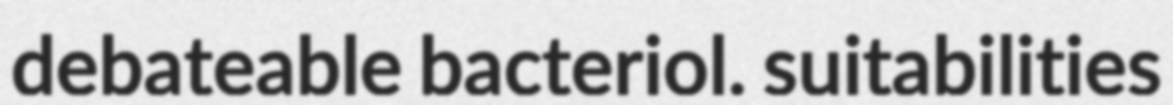
debateable bacteriol. suitabilities